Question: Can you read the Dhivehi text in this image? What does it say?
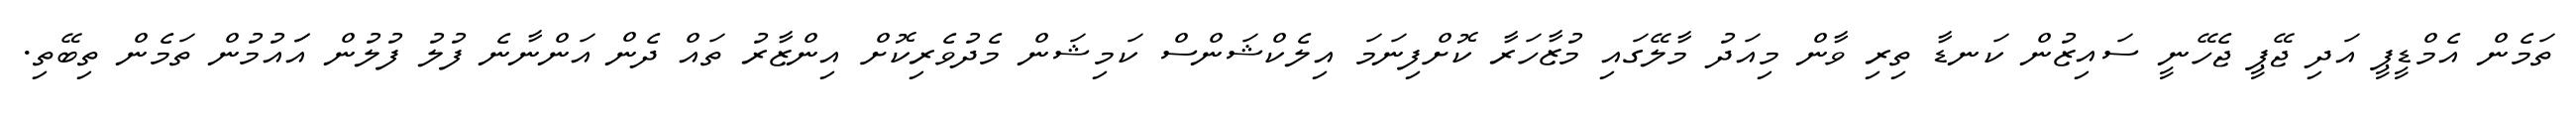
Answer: ތަމެން އެމްޑީޕީ އަދި ޖޭޕީ ޖެހޭނީ ސައިޒުން ކަނޑާ ތިރި ވާން މިއަދު މާލޭގައި މުޒާހަރާ ކޮށްފިނަމަ އިލެކްޝަންސް ކަމިޝަން މެދުވެރިކޮށް އިންޒާރު ތައް ދެން އަންނާނެ ފުލު ފުލުން އަައުމުން ތަމެން ތިބޭތި.